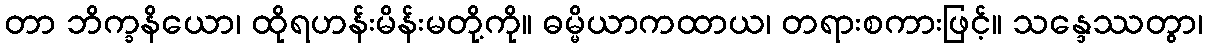
တာ ဘိက္ခနိယော၊ ထိုရဟန်းမိန်းမတို့ကို။ ဓမ္မိယာကထာယ၊ တရားစကားဖြင့်။ သန္ဒေဿတွာ၊